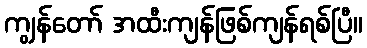
ကျွန်တော် အထီးကျန်ဖြစ်ကျန်ရစ်ပြီ။